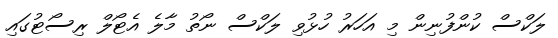
ލަކްސް ކުންފުނިން މި އަހަރު ހުޅުވި ލަކްސް ނޯތު މާލެ އެޓޯލް ރިސޯޓުގައި